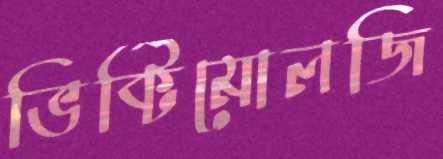
ভিক্টিমোলজি